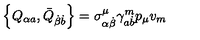
\left\{ Q _ { \alpha a } , \bar { Q } _ { \dot { \beta } \dot { b } } \right\} = \sigma _ { \alpha \dot { \beta } } ^ { \mu } \gamma _ { a \dot { b } } ^ { m } p _ { \mu } v _ { m }